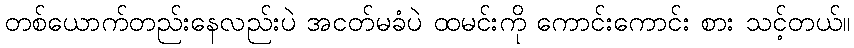
တစ်ယောက်တည်းနေလည်းပဲ အငတ်မခံပဲ ထမင်းကို ကောင်းကောင်း စား သင့်တယ်။